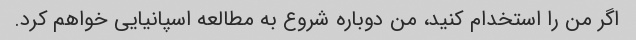
اگر من را استخدام کنید، من دوباره شروع به مطالعه اسپانیایی خواهم کرد.